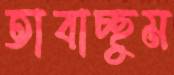
তাবাচ্ছুম